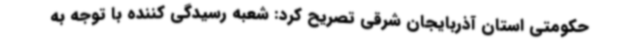
حکومتی استان آذربایجان شرقی تصریح کرد: شعبه رسیدگی کننده با توجه به